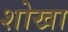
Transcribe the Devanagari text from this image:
शोखा